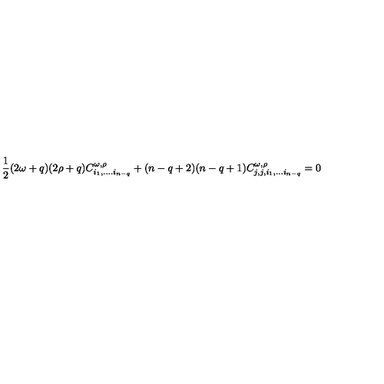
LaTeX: \frac 1 2 ( 2 \omega + q ) ( 2 \rho + q ) C _ { i _ { 1 } , . . . . i _ { n - q } } ^ { \omega , \rho } + ( n - q + 2 ) ( n - q + 1 ) C _ { j , j , i _ { 1 } , . . . i _ { n - q } } ^ { \omega , \rho } = 0